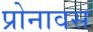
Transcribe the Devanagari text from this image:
प्रोनावस